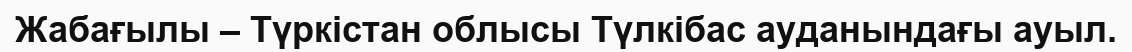
Жабағылы – Түркістан облысы Түлкібас ауданындағы ауыл.